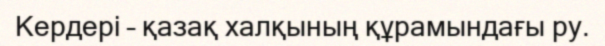
Кердері – қазақ халқының құрамындағы ру.